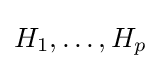
H_{1},\dots ,H_{p}